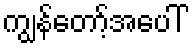
ကျွန်တော့်အပေါ်